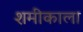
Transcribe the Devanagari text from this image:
शमीकाला